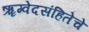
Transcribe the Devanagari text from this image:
ॠग्वेदसंहितेचे